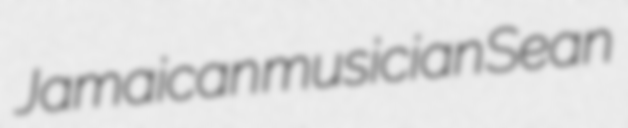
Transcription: Jamaican musician Sean